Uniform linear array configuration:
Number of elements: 32
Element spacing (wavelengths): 0.75
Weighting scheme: binomial
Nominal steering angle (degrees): -60
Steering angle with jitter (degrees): -60.373
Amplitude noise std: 0.05
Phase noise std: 0.05

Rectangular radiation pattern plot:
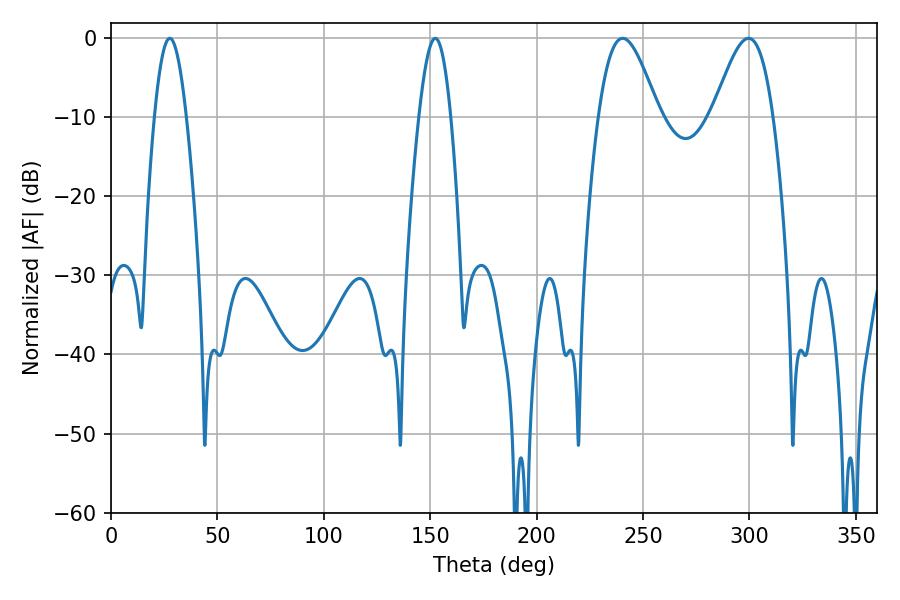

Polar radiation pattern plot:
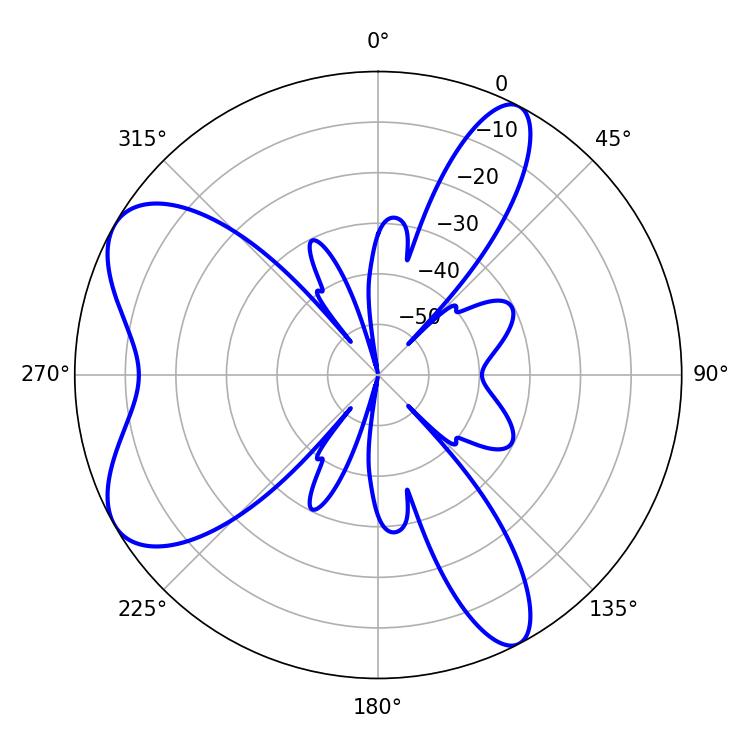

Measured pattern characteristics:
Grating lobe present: TRUE
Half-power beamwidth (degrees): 15.12
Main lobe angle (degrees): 299.52